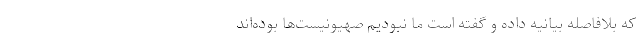
که بلافاصله بیانیه داده و گفته است ما نبودیم صهیونیست‌ها بوده‌اند